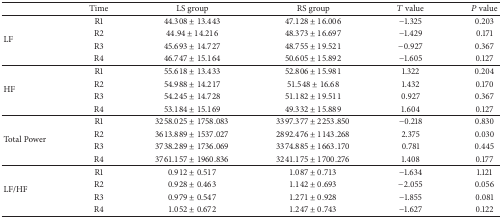
<table><thead><tr><td><b> </b></td><td><b>Time</b></td><td><b>LS group</b></td><td><b>RS group</b></td><td><b><i>T</i> value</b></td><td><b><i>P</i> value</b></td></tr></thead><tbody><tr><td rowspan="4">LF</td><td>R1</td><td>44.308 ± 13.443</td><td>47.128 ± 16.006</td><td>−1.325</td><td>0.203</td></tr><tr><td>R2</td><td>44.94 ± 14.216</td><td>48.373 ± 16.697</td><td>−1.429</td><td>0.171</td></tr><tr><td>R3</td><td>45.693 ± 14.727</td><td>48.755 ± 19.521</td><td>−0.927</td><td>0.367</td></tr><tr><td>R4</td><td>46.747 ± 15.164</td><td>50.605 ± 15.892</td><td>−1.605</td><td>0.127</td></tr><tr><td rowspan="4">HF</td><td>R1</td><td>55.618 ± 13.433</td><td>52.806 ± 15.981</td><td>1.322</td><td>0.204</td></tr><tr><td>R2</td><td>54.988 ± 14.217</td><td>51.548 ± 16.68</td><td>1.432</td><td>0.170</td></tr><tr><td>R3</td><td>54.245 ± 14.728</td><td>51.182 ± 19.511</td><td>0.927</td><td>0.367</td></tr><tr><td>R4</td><td>53.184 ± 15.169</td><td>49.332 ± 15.889</td><td>1.604</td><td>0.127</td></tr><tr><td rowspan="4">Total Power</td><td>R1</td><td>3258.025 ± 1758.083</td><td>3397.377 ± 2253.850</td><td>−0.218</td><td>0.830</td></tr><tr><td>R2</td><td>3613.889 ± 1537.027</td><td>2892.476 ± 1143.268</td><td>2.375</td><td>0.030</td></tr><tr><td>R3</td><td>3738.289 ± 1736.069</td><td>3374.885 ± 1663.170</td><td>0.781</td><td>0.445</td></tr><tr><td>R4</td><td>3761.157 ± 1960.836</td><td>3241.175 ± 1700.276</td><td>1.408</td><td>0.177</td></tr><tr><td rowspan="4">LF/HF</td><td>R1</td><td>0.912 ± 0.517</td><td>1.087 ± 0.713</td><td>−1.634</td><td>1.121</td></tr><tr><td>R2</td><td>0.928 ± 0.463</td><td>1.142 ± 0.693</td><td>−2.055</td><td>0.056</td></tr><tr><td>R3</td><td>0.979 ± 0.547</td><td>1.271 ± 0.928</td><td>−1.855</td><td>0.081</td></tr><tr><td>R4</td><td>1.052 ± 0.672</td><td>1.247 ± 0.743</td><td>−1.627</td><td>0.122</td></tr></tbody></table>